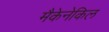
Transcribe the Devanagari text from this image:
मैकेनेकिल